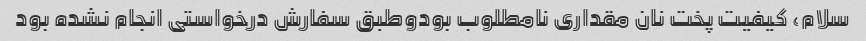
سلام، کیفیت پخت نان مقداری نامطلوب بودوطبق سفارش درخواستی انجام نشده بود